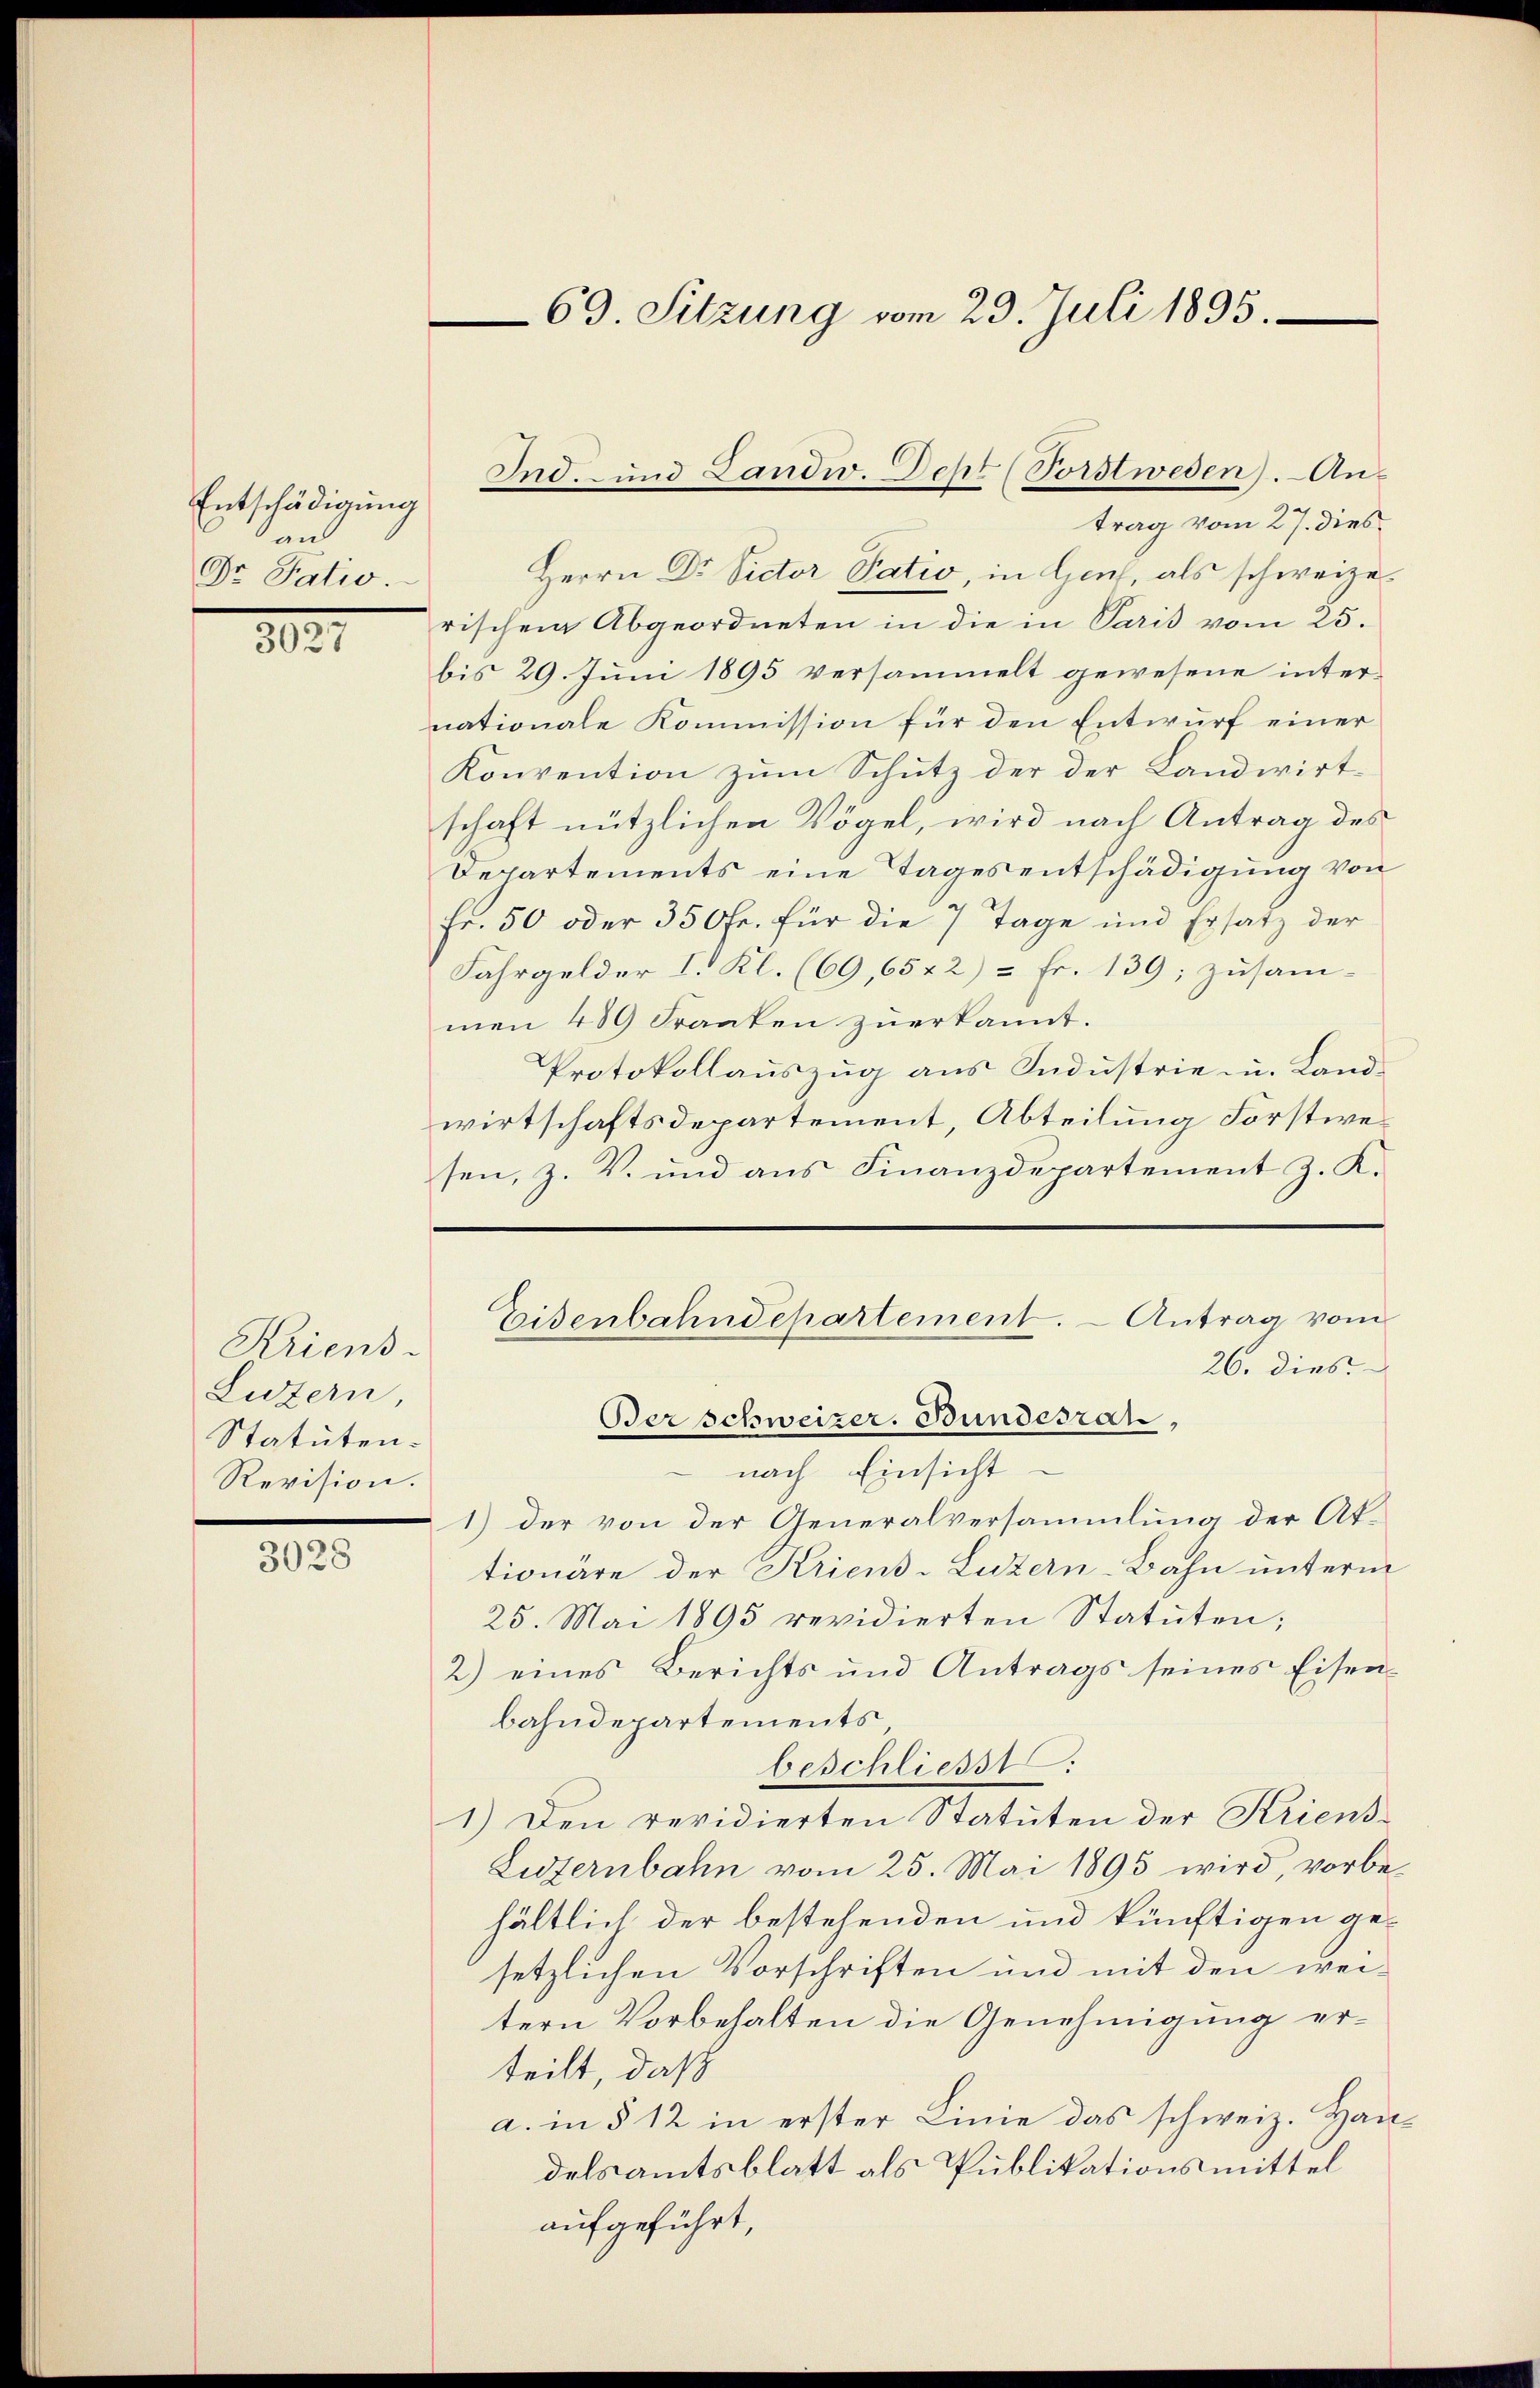
Entschädigung
an
Dr. Patio

3027

Kriens
Luzern
Statuten.
Revision.

3028

69. Sitzung vom 23. Juli 1895.

rischen Abgeordneten in die in Paris vom 25.
bis 29. Juni 1895 versammelt gewesene inter-
nationale Kommission für den Entwurf einer
Konvention zum Schutz der der Landwirtschaft nützlichen Vögel, wird nach Antrag des
Departements eine Tages entschädigung von
Fr. 50 oder 350fr. für die 7 Tage und Ersatz der
Fahrgelder I. Kl. (69, 6542) = Fr. 139; zusam-
men 489 Franken zuerkannt.
Protokollauszug aus Industrie u. Landwirtschaftsdepartement, Abteilung Forstwesen, z. V. und ans Finanzdepartement z. K.

Ind. und Landw. Dept (Vorstweden. Antrag vom 27. dies¬
Herrn Dr. Victor Patio, in Genf, als schweize¬

Eisenbahndepartement. - Antrag vom
26. dies.

Berschweizer. Bundesrat,
e
nach Einsicht
1) der von der Generalversammlung der Aktionäre der Kriens-Luzern-Bahn unterm
25. Mai 1895 revidierten Statuten;
2) eines Berichts und Antrags seines Eisenbahndepartements,
beschliesst.
1.) Den revidierten Statuten der Kriens¬
Luzernbahn vom 25. Mai 1893 wird, vorbehältlich der bestehenden und künftigen gesetzlichen Vorschriften und mit den wei-
tern Vorbehalten die Genehmigung erteilt, daß
a. in § 12 in erster Linie das schweiz. Haudelsamtsblatt als Publikationsmittel
aufgeführt,